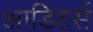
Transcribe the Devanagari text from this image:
आडिटर्स